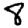
Digit: 8